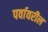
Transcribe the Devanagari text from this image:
पर्वावरील